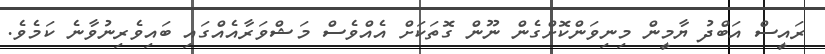
ރައީސް އަބްދު ޔާމީން މިނިވަންކޮށްގެން ނޫން ގޮތަކަށް އެއްވެސް މަޝްވަރާއެއްގައި ބައިވެރިނުވާނެ ކަމެވެ.